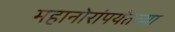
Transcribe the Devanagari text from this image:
महानोरांपर्यंतच्या